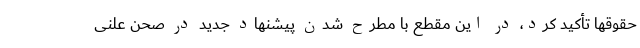
حقوقها تأکید کرد، در این مقطع با مطرح شدن پیشنهاد جدید در صحن علنی